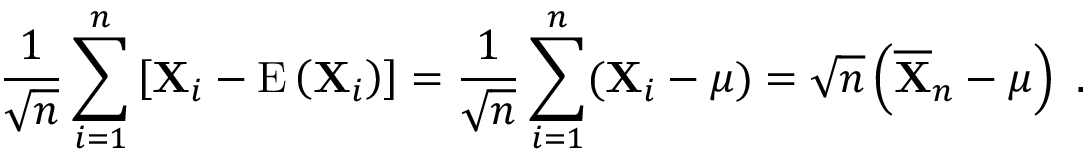
{ \frac { 1 } { \sqrt { n } } } \sum _ { i = 1 } ^ { n } \left[ \mathbf { X } _ { i } - \operatorname { E } \left( \mathbf { X } _ { i } \right) \right] = { \frac { 1 } { \sqrt { n } } } \sum _ { i = 1 } ^ { n } ( \mathbf { X } _ { i } - { \boldsymbol { \mu } } ) = { \sqrt { n } } \left( { \overline { { \mathbf { X } } } } _ { n } - { \boldsymbol { \mu } } \right) ~ .